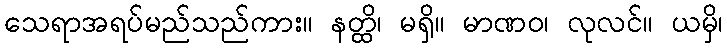
သေရာအရပ်မည်သည်ကား။ နတ္ထိ၊ မရှိ။ မာဏဝ၊ လုလင်။ ယမှိ၊